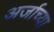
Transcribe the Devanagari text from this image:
अर्जाच्या